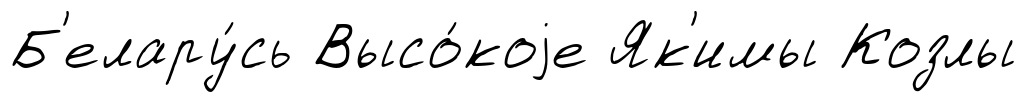
Б'елару́сь Высо́коjе Як'имы Козлы